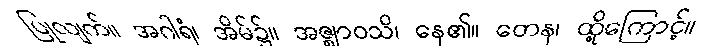
ပြုလျက်။ အဂါရံ၊ အိမ်၌။ အဇ္ဈာဝသိ၊ နေ၏။ တေန၊ ထို့ကြောင့်။